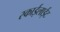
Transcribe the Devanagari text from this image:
स्काईलाईट